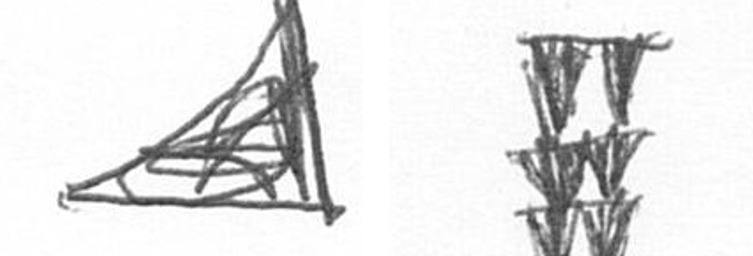
O Y